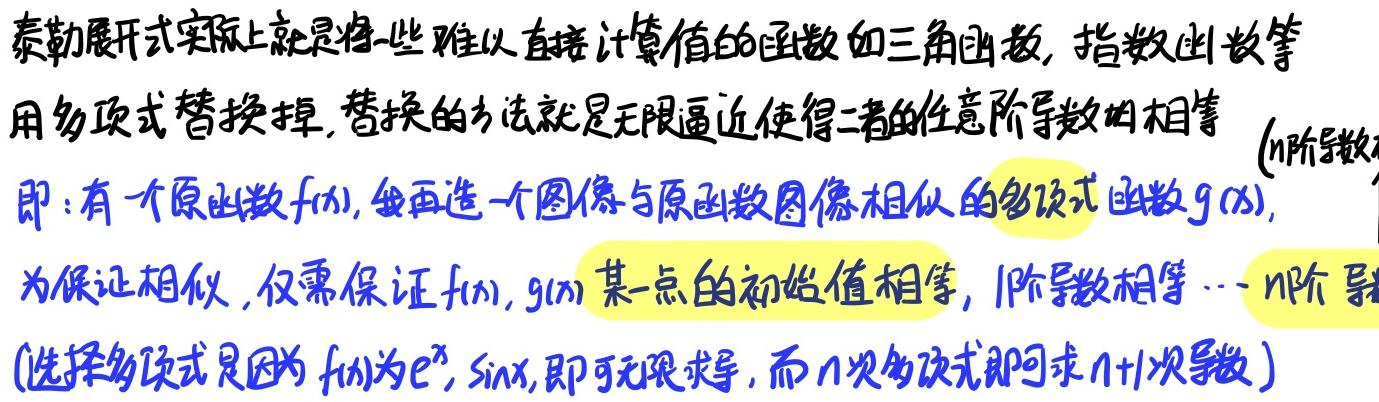
泰勒展开式实际上就是将一些难以直接计算值的函数如三角函数, 指数函数等用多项式替换掉, 替换的方法就是无限逼近使得二者的任意阶导数均相等.
即: 有一个原函数$f(x)$, 我再造一个图像与原函数图像相似的多项式函数$g(x)$, 为保证相似, 仅需保证$f(x),g(x)$某一点的初始值相等, 1阶导数相等…$n$阶导
(选择多项式是因为$f(x)$为$e^{x},\sin x$, 即可无限求导, 而$n$次多项式即可求$n + 1$次导数)